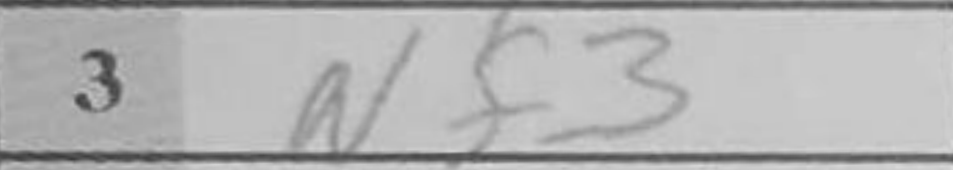
Transcription: Nf3